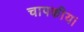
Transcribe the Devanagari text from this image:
चापकीय।